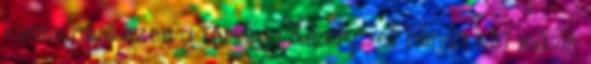
kiemelném ezen a téren a ReadySet banda két másik